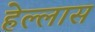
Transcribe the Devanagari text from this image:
हेल्लास